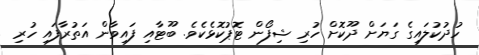
ހުދުކުލައިގެ ގަޔަށް ދޫކޮށް ހުރި ޝިފޯން ޓޮޕުކޮޅެކެވެ. ބޫޓާއި ފައިވާން އަތުރާފައި ހުރި